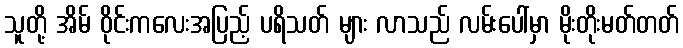
သူတို့ အိမ် ဝိုင်းကလေးအပြည့် ပရိသတ် များ လာသည် လမ်းပေါ်မှာ မိုးတိုးမတ်တတ်